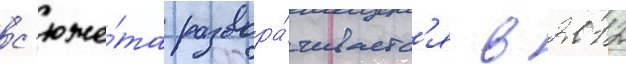
с'юже́та развора́чиваетс'я в 2012